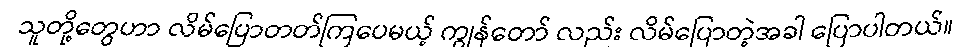
သူတို့တွေဟာ လိမ်ပြောတတ်ကြပေမယ့် ကျွန်တော် လည်း လိမ်ပြောတဲ့အခါ ပြောပါတယ်။